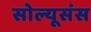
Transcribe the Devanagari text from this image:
सोल्यूसंस